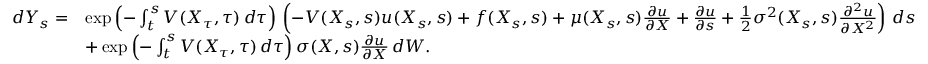
{ \begin{array} { r l } { d Y _ { s } = } & { \exp \left( - \int _ { t } ^ { s } V ( X _ { \tau } , \tau ) \, d \tau \right) \, \left( - V ( X _ { s } , s ) u ( X _ { s } , s ) + f ( X _ { s } , s ) + \mu ( X _ { s } , s ) { \frac { \partial u } { \partial X } } + { \frac { \partial u } { \partial s } } + { \frac { 1 } { 2 } } \sigma ^ { 2 } ( X _ { s } , s ) { \frac { \partial ^ { 2 } u } { \partial X ^ { 2 } } } \right) \, d s } \\ & { + \exp \left( - \int _ { t } ^ { s } V ( X _ { \tau } , \tau ) \, d \tau \right) \sigma ( X , s ) { \frac { \partial u } { \partial X } } \, d W . } \end{array} }